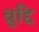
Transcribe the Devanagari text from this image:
व्रुद्दि